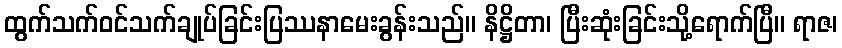
ထွက်သက်ဝင်သက်ချုပ်ခြင်းပြဿနာမေးခွန်းသည်။ နိဋ္ဌိတာ၊ ပြီးဆုံးခြင်းသို့ရောက်ပြီ။ ရာဇ၊